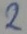
Text: 2